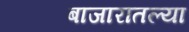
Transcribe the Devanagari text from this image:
बाजारातल्या